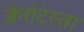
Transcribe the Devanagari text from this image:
क्लेरोटेस्ता